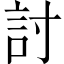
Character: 討